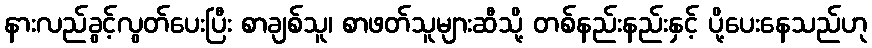
နားလည်ခွင့်လွတ်ပေးပြီး စာချစ်သူ၊ စာဖတ်သူများဆီသို့ တစ်နည်းနည်းနှင့် ပို့ပေးနေသည်ဟု